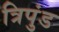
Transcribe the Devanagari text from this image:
त्रिपुंड